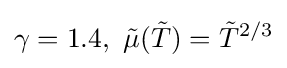
\gamma =1.4,\ {\tilde {\mu }}({\tilde {T}})={\tilde {T}}^{2/3}